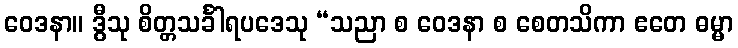
ဝေဒနာ။ ဒွီသု စိတ္တသင်္ခါရပဒေသု “သညာ စ ဝေဒနာ စ စေတသိကာ ဧတေ ဓမ္မာ